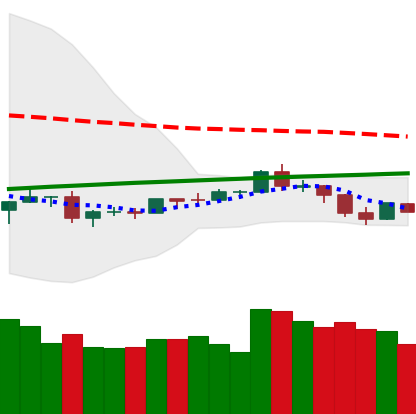
Ticker: ETH-USD
Chart end date: 2019-08-12
Forward return: -12.116%
Label: down_7plus